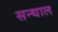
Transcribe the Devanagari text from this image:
सन्थाल